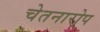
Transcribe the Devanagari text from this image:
चेतनारोप